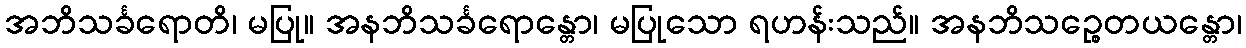
အဘိသင်္ခရောတိ၊ မပြု။ အနဘိသင်္ခရောန္တော၊ မပြုသော ရဟန်းသည်။ အနဘိသဉ္စေတယန္တော၊